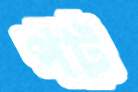
পট